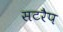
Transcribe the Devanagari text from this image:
सटरैप